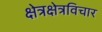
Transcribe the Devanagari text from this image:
क्षेत्रक्षेत्रविचार